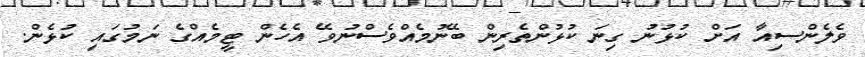
ވެލެންސިއާ އަށް ކުޅުނު ގިނަ ކުޅުންތެރިން ބޭނުމެއްވެސްނުވޭ އެހެން ޓީމެއްގެ ނަމުގައި ކުޅެން.